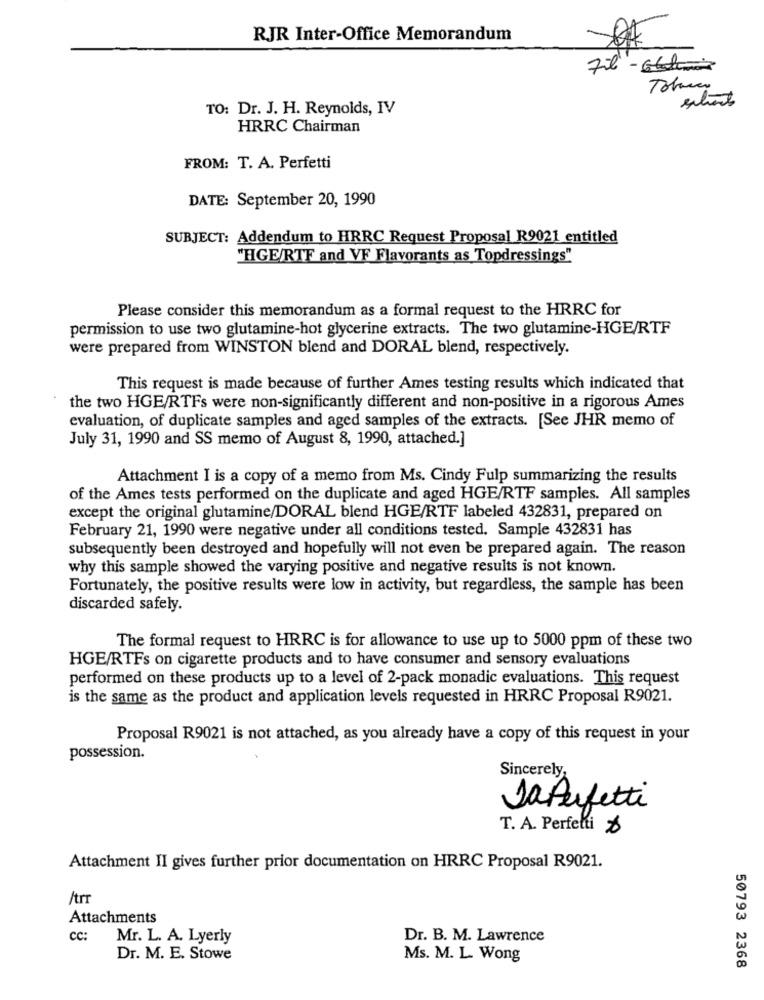
RJR Inter-Office Memorandum
Fil - Gli
Tobacco
extrait
TO: Dr. J. H. Reynolds, IV
HRRC Chairman
FROM: T. A. Perfetti
DATE: September 20, 1990
SUBJECT: Addendum to HRRC Request Proposal R9021 entitled
"HGE/RTF and VF Flavorants as Topdressings"
Please consider this memorandum as a formal request to the HRRC for
permission to use two glutamine-hot glycerine extracts. The two glutamine-HGE/RTF
were prepared from WINSTON blend and DORAL blend, respectively.
This request is made because of further Ames testing results which indicated that
the two HGE/RTFs were non-significantly different and non-positive in a rigorous Ames
evaluation, of duplicate samples and aged samples of the extracts. [See JHR memo of
July 31, 1990 and SS memo of August 8, 1990, attached.]
Attachment I is a copy of a memo from Ms. Cindy Fulp summarizing the results
of the Ames tests performed on the duplicate and aged HGE/RTF samples. All samples
except the original glutamine/DORAL blend HGE/RTF labeled 432831, prepared on
February 21, 1990 were negative under all conditions tested. Sample 432831 has
subsequently been destroyed and hopefully will not even be prepared again. The reason
why this sample showed the varying positive and negative results is not known.
Fortunately, the positive results were low in activity, but regardless, the sample has been
discarded safely.
The formal request to HRRC is for allowance to use up to 5000 ppm of these two
HGE/RTFs on cigarette products and to have consumer and sensory evaluations
performed on these products up to a level of 2-pack monadic evaluations. This request
is the same as the product and application levels requested in HRRC Proposal R9021.
Proposal R9021 is not attached, as you already have a copy of this request in your
possession.
Sincerely
DaPerfetti
T. A. Perfetti ₺
Attachment II gives further prior documentation on HRRC Proposal R9021.
/trr
Attachments
cc:
Mr. L. A. Lyerly
Dr. B. M. Lawrence
Dr. M. E. Stowe
Ms. M. L. Wong
50793 2368